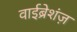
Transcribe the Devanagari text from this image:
वाईब्रेशंज़